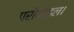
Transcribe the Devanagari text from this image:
प्रोफाइल।